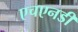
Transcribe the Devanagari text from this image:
एचएनडी